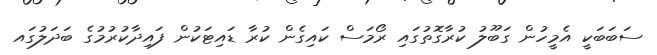
ސަބަބަކީ އެމީހުން ގަބޫލު ކުރާގޮތުގައި ރޯމަސް ކައިގެން ކުރާ ޑައިޓަކުން ފައިދާކުރުމުގެ ބަދަލުގައ